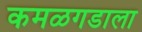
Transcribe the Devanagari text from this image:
कमळगडाला